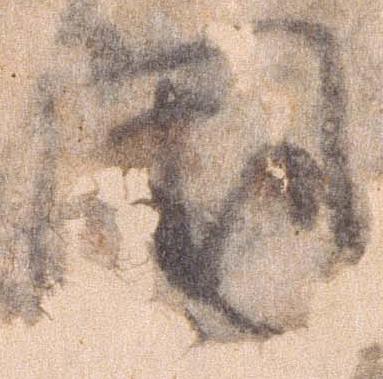
国